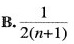
B .$$\cdot \frac{1}{2(n+1)}$$